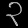
Digit: ၃